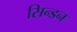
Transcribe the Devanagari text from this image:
सिन्डन